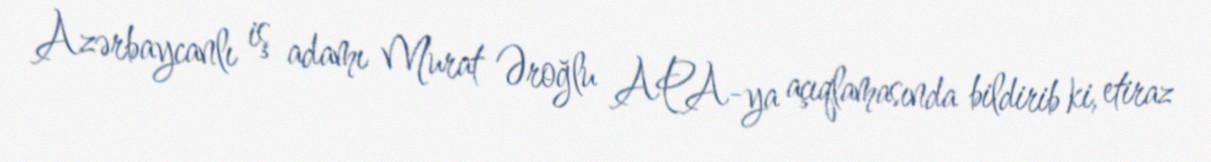
Azərbaycanlı iş adamı Murat Əroğlu APA-ya açıqlamasında bildirib ki, etiraz